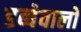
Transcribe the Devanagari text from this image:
डब्बेवालो